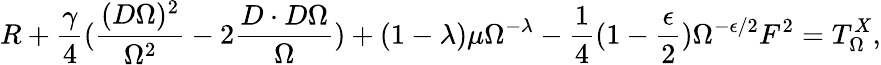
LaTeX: R+\frac{\gamma}{4}(\frac{(D\Omega)^{2}}{\Omega^{2}}-2\frac{D\cdot D\Omega}{\Omega})+(1-\lambda)\mu\Omega^{-\lambda}-\frac{1}{4}(1-\frac{\epsilon}{2})\Omega^{-\epsilon/2}F^{2}=T_{\Omega}^{X},